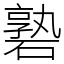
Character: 䃞